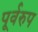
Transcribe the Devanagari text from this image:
पूर्वरुप